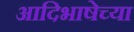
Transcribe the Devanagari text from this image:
आदिभाषेच्या